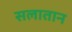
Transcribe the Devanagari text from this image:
सलातान